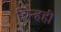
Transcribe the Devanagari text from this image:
चिन्हही